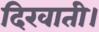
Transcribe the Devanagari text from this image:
दिखाती।